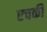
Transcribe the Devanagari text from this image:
एचकी